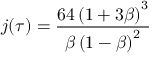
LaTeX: j ( \tau ) = { \frac { 6 4 \left( 1 + 3 \beta \right) ^ { 3 } } { \beta \left( 1 - \beta \right) ^ { 2 } } }